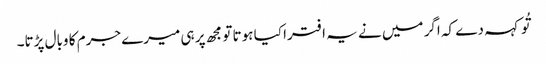
تُو کہہ دے کہ اگر میں نے یہ افترا کیا ہوتا تو مجھ پر ہی میرے جرم کا وبال پڑتا۔